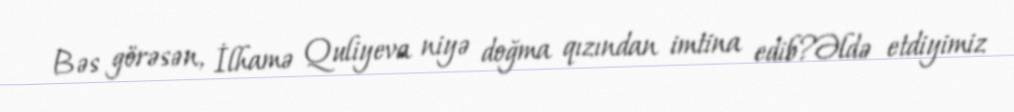
Bəs görəsən, İlhamə Quliyeva niyə doğma qızından imtina edib?Əldə etdiyimiz